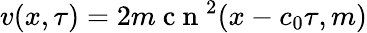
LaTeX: v(x,\tau)=2m\mathrm{~c~n~}^{2}(x-c_{0}\tau,m)